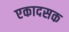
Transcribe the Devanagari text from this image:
एकादसक